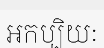
អកប្បិយៈ